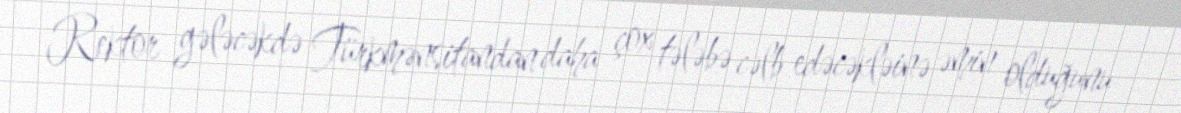
Rektor gələcəkdə Türkmənsitandan daha çox tələbə cəlb edəcəkləinə əmin olduğunu